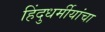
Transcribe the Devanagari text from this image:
हिंदुधर्मीयांचा